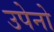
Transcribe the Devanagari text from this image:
उपेनो